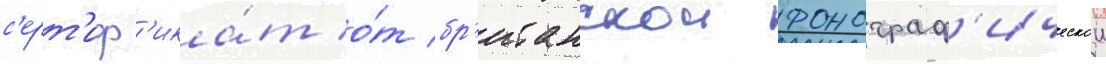
с'ерт'иф'ика́т о́т бр'итанскои фонограф'ическои